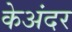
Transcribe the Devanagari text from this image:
केअंदर